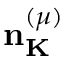
{ \bf n } _ { \bf K } ^ { ( \mu ) }